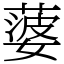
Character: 蔢